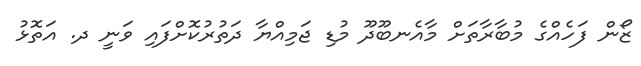
ޒޯން ފަހެއްގެ މުބާރާތަށް މާއެނބޫދޫ މުޑި ޖަމިއްޔާ ދަތުރުކޮށްފައި ވަނީ ދ. އަތޮޅު